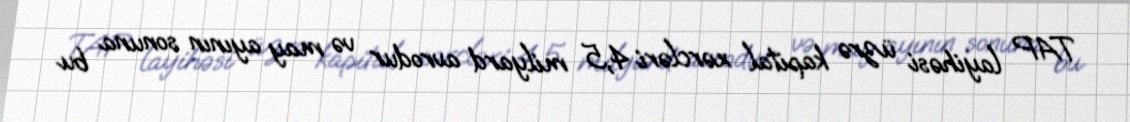
TAP layihəsi üzrə kapital xərcləri 4,5 milyard avrodur və may ayının sonuna bu